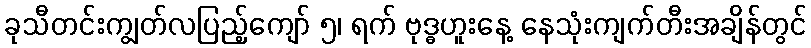
ခုသီတင်းကျွတ်လပြည့်ကျော် ၅၊ ရက် ဗုဒ္ဓဟူးနေ့ နေသုံးကျက်တီးအချိန်တွင်